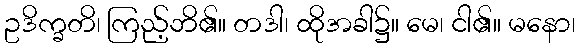
ဥဒိက္ခတိ၊ ကြည့်ဘိ၏။ တဒါ၊ ထိုအခါ၌။ မေ၊ ငါ၏။ မနော၊